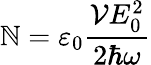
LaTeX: \mathbb{N}=\varepsilon_{0}\frac{{{\cal{V}}E_{0}^{2}}}{{2\hbar\omega}}